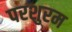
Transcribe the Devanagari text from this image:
परशुरम